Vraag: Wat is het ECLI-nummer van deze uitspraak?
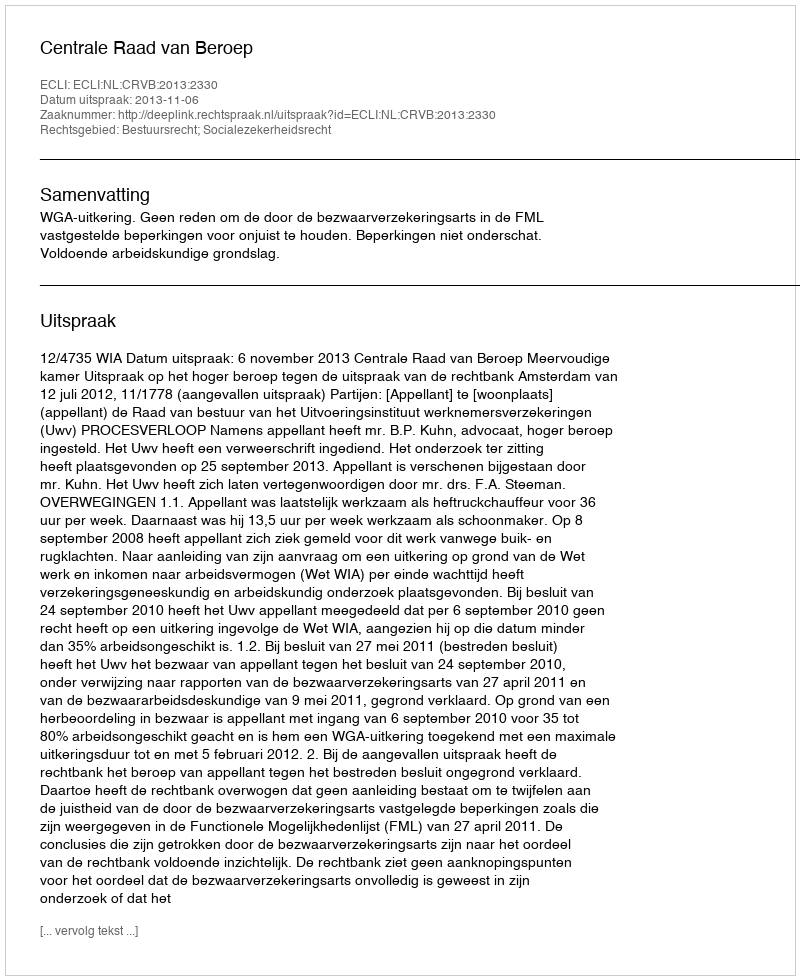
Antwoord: ECLI:NL:CRVB:2013:2330